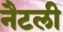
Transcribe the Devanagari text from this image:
नैटली